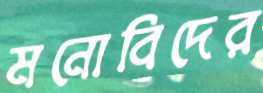
মনোবিদের